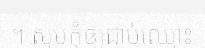
។ សូមកុំឲ្យជាប់ឈ្មោះ